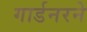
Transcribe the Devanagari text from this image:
गार्डनरने